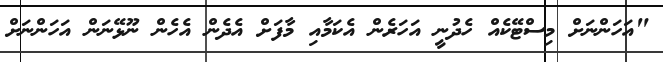
"އަހަންނަށް މިސްޓޭކެއް ހެދުނީ އަހަރެން އެކަމާއި މާފަށް އެދެން އެހެން ނޫޅޭނަން އަހަންނަށް